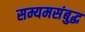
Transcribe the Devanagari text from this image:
सम्यमसंबुद्ध